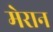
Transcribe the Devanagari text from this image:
मेरान